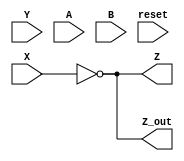
//Implementacion Conductual para las funciones X y Y, de Izq a Derecha
module celda_final_c(
    input wire  X,
    input wire  Y,
    input wire A,
    input wire B,
    input reset,
    output wire Z,
    output wire Z_out
); 
//Declaracion de variables para conectarlas al modulo, (x,y) son las entradas y (Z) son las salidas.
    assign Z =  ~X;
    assign Z_out= Z;
//X corresponde a la funcion obtenida a mano resolviendo la red iterativa, Z = (y')() y x = 0. 
//Ademas, la senal Z_out es la que vamos a considerar como 'Z disparada en bajo'
endmodule